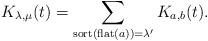
LaTeX: \begin{align*} K_{\lambda,\mu}(t) = \sum_{\mathrm{sort}(\mathrm{flat}(a)) = \lambda^{\prime}} K_{a,b}(t) . \end{align*}